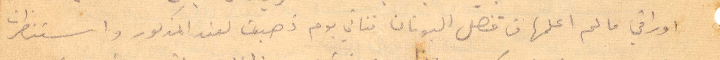
وراقي ما لم اعلمها من قنصل اليونان فتاني يوم ذهبت لعند المذكور واستنظرت